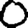
Digit: 0